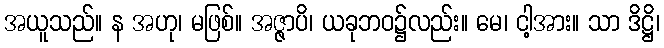
အယူသည်။ န အဟု၊ မဖြစ်။ အဇ္ဇာပိ၊ ယခုဘဝ၌လည်း။ မေ၊ ငါ့အား။ သာ ဒိဋ္ဌိ၊